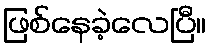
ဖြစ်နေခဲ့လေပြီ။